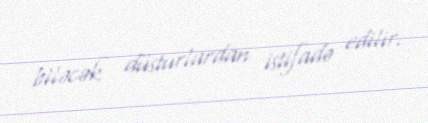
biləcək düsturlardan istifadə edilir.